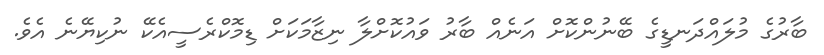
ބާރުގެ މުލައްދަނޑީގެ ބޭނުންކޮށް އަނެއް ބާރު ވައުކޮށްލާ ނިޒާމަކަށް ޑިމޮކްރެސީއެކޭ ނުކިޔޭނެ އެވެ.